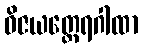
ဝိဇယတ္ထေရဂါထာ